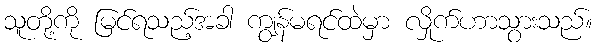
သူတို့ကို မြင်ရသည့်အခါ ကျွန်မရင်ထဲမှာ လှိုက်ဟာသွားသည်။